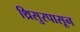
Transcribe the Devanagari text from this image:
थ्रिसुरपासून